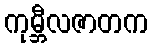
ကုမ္ဘီလဇာတက